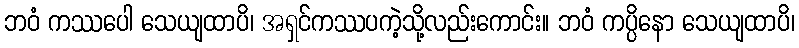
ဘဝံ ကဿပေါ သေယျထာပိ၊ အရှင်ကဿပကဲ့သို့လည်းကောင်း။ ဘဝံ ကပ္ပိနော သေယျထာပိ၊